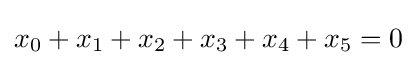
\displaystyle x_{0}+x_{1}+x_{2}+x_{3}+x_{4}+x_{5}=0